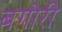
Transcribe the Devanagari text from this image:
बगोरी